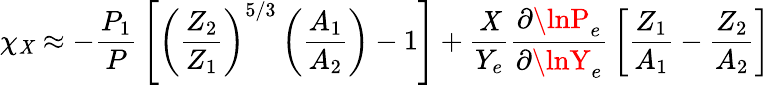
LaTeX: \chi_{\mathit{X}}\approx-{\frac{{P_{1}}}{{P}}}\left[\left({\frac{{Z_{2}}}{{Z_{1}}}}\right)^{5/3}\left({\frac{{A_{1}}}{{A_{2}}}}\right)-1\right]+{\frac{{\mathit{X}}}{{Y_{e}}}}{\frac{{\partial\lnP_{e}}}{{\partial\lnY_{e}}}}\left[{\frac{{Z_{1}}}{{A_{1}}}}-{\frac{{Z_{2}}}{{A_{2}}}}\right]